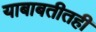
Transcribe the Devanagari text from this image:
याबाबतीतही